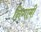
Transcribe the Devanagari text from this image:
निगामी